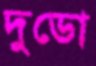
দুডো